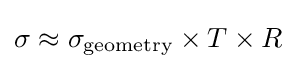
\sigma \approx \sigma _{\text{geometry}}\times T\times R